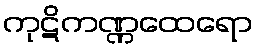
ကုဋိကဏ္ဏထေရော